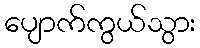
ပျောက်ကွယ်သွား